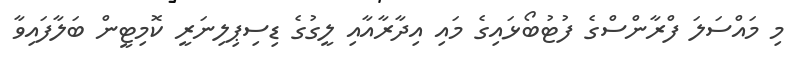
މި މައްސަލަ ފްރާންސްގެ ފުޓުބޯޅައިގެ މައި އިދާރާއާއި ލީގުގެ ޑިސިޕިލިނަރީ ކޮމިޓީން ބަލާފައިވާ